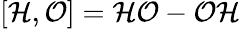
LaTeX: \left[{\cal H},{\cal O}\right]={\cal H}{\cal O}-{\cal O}{\cal H}